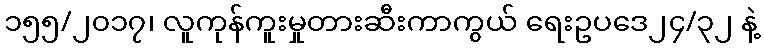
၁၅၅/၂၀၁၇၊ လူကုန်ကူးမှုတားဆီးကာကွယ် ရေးဥပဒေ၂၄/၃၂ နဲ့